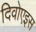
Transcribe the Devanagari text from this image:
दिवोएइस